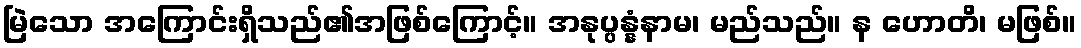
မြဲသော အကြောင်းရှိသည်၏အဖြစ်ကြောင့်။ အနုပ္ပန္နံနာမ၊ မည်သည်။ န ဟောတိ၊ မဖြစ်။